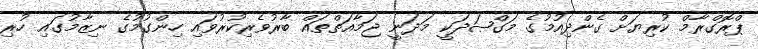
ޕްރޮގްރާމް ކުރިޔަށް ގެންދިއުމުގެ މަގްޞަދަކީ މަދަނީ ޖަމާއަތްތައް ބާރުވެރިކުރުވައި ހިންގުމުގެ ނިޒާމުގައި ހުރި